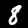
Digit: 8